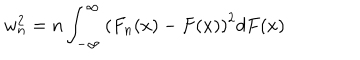
w _ { n } ^ { 2 } = n \int _ { - \infty } ^ { \infty } \left( F _ { n } ( x ) - F ( x ) \right) ^ { 2 } d F ( x )